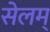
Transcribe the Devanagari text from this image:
सेलम्